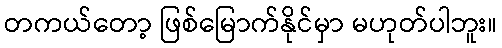
တကယ်တော့ ဖြစ်မြောက်နိုင်မှာ မဟုတ်ပါဘူး။